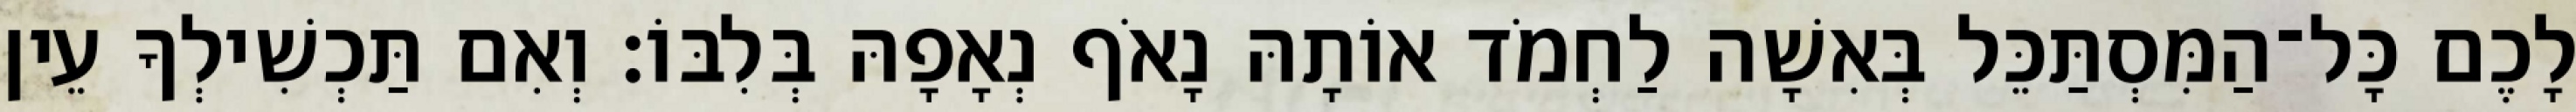
לָכֶם כָּל־הַמִּסְתַּכֵּל בְּאִשָׁה לַחְמֹד אוֹתָהּ נָאֹף נְאָפָהּ בְּלִבּוֹ׃ וְאִם תַּכְשִׁילְךָ עֵין